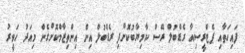
ފައިހަތާއި ޕެޓްރީސިއާ ރެޑްބުލް ރޭސް ކާމިޔާބުކޮށްފި ރެޑްބުލް އިން އިންތިޒާމްކޮށްގެން މިއަދު ހަވީރު